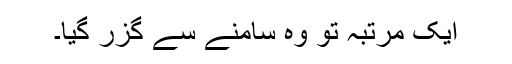
ایک مرتبہ تو وہ سامنے سے گزر گیا۔